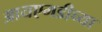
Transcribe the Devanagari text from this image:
आयएमडीच्या